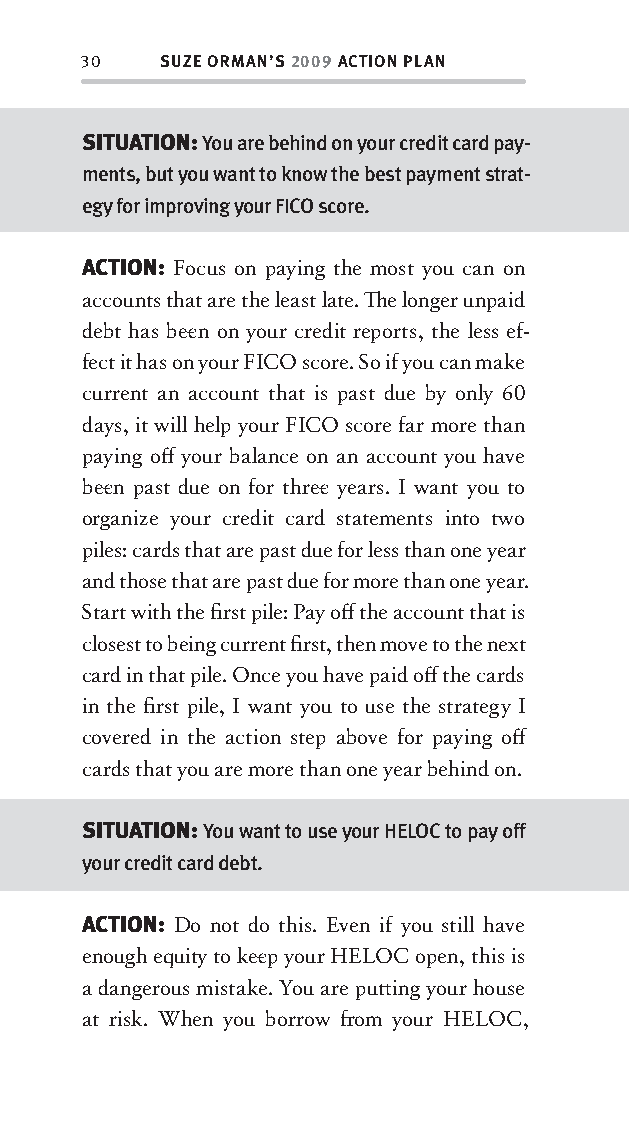
30   SUZE ORMAN’S 2009 ACTION PLAN
 SITUATION: You are behind on your credit card pay-
 ments, but you want to know the best payment strat-
 egy for improving your FICO score.
 ACTION: Focus on paying the most you can on
 accounts that are the least late. Th e longer unpaid
 debt has bee n on your credit reports, the less ef-
 fect it has on your FICO score. So if you can make
 current an account that is past due by only 60
 days, it will help your FICO score far more than
 paying off your balance on an account you have
 bee n past due on for three years. I want you to
 organize your credit card statements into tw o
 piles: cards that are past due for less than one year
 and those that are past due for more than one year.
 Start with the fi rst pile: Pay off the account that is
 closest to being current fi rst, then move to the next
 card in that pile. Once you have paid off the cards
 in the fi rst pile, I want you to use the strategy I
 covered in the action step above for paying off
 cards that you are more than one year behind on.
 SITUATION: You want to use your HELOC to pay off
 your credit card debt.
 ACTION: Do not do this. Even if you still have
 enough equity to kee p your HELOC open, this is
 a dangerous mistake. You are putt ing your house
 at risk. When you borrow fr om your HELOC,
 OOrrmmaa__99778800338855553300993344__44pp__aallll__rr11..iinndddd 3300 1122//33//0088 99::3311::0022 AAMM